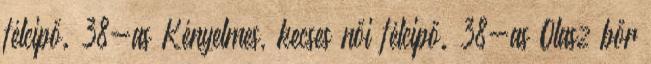
félcipő. 38-as Kényelmes, kecses női félcipő. 38-as Olasz bőr